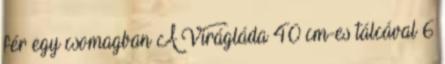
fér egy csomagban A Virágláda 40 cm-es tálcával 6